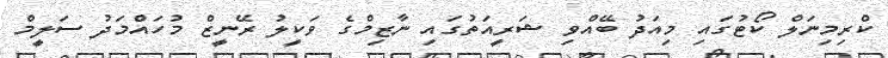
ކްރިމިނަލް ކޯޓުގައި މިއަދު ބޭއްވި ޝަރީއަތުގައި ނާޒިމްގެ ވަކީލު ރޭނީޒް މުހައްމަދު ސަލީމް